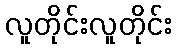
လူတိုင်းလူတိုင်း